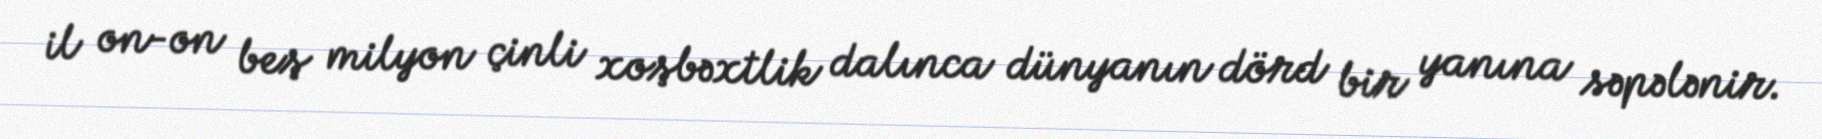
il on-on beş milyon çinli xoşbəxtlik dalınca dünyanın dörd bir yanına səpələnir.